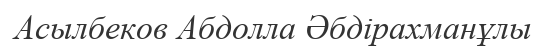
Асылбеков Абдолла Әбдірахманұлы